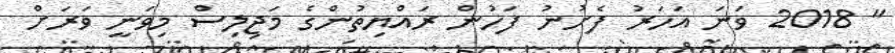
" 2018 ވަނަ އަހަރު ފެށުނު ފަހުން ރައްޔިތުންގެ މަޖިލިސް މިވަނީ ވަރަށް